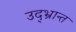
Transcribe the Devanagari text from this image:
उद्‌भ्रान्त